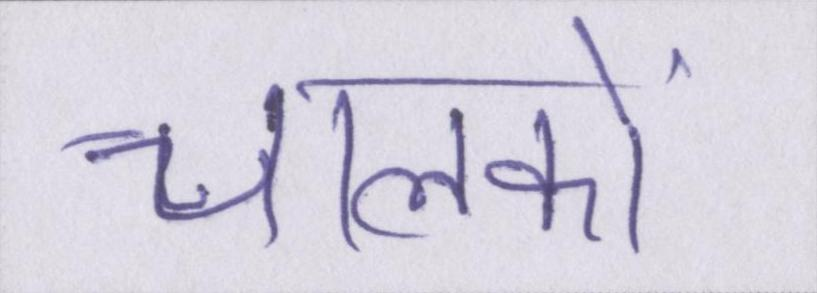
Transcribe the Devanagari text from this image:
चालकों